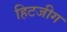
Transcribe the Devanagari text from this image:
हिटजीग